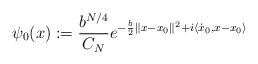
\begin{align*} \psi_0(x):=\frac{b^{N/4}}{C_N} e^{-\frac{b}{2} \|x-x_0\|^2 + i \langle \dot{x}_0 , x-x_0 \rangle}\end{align*}